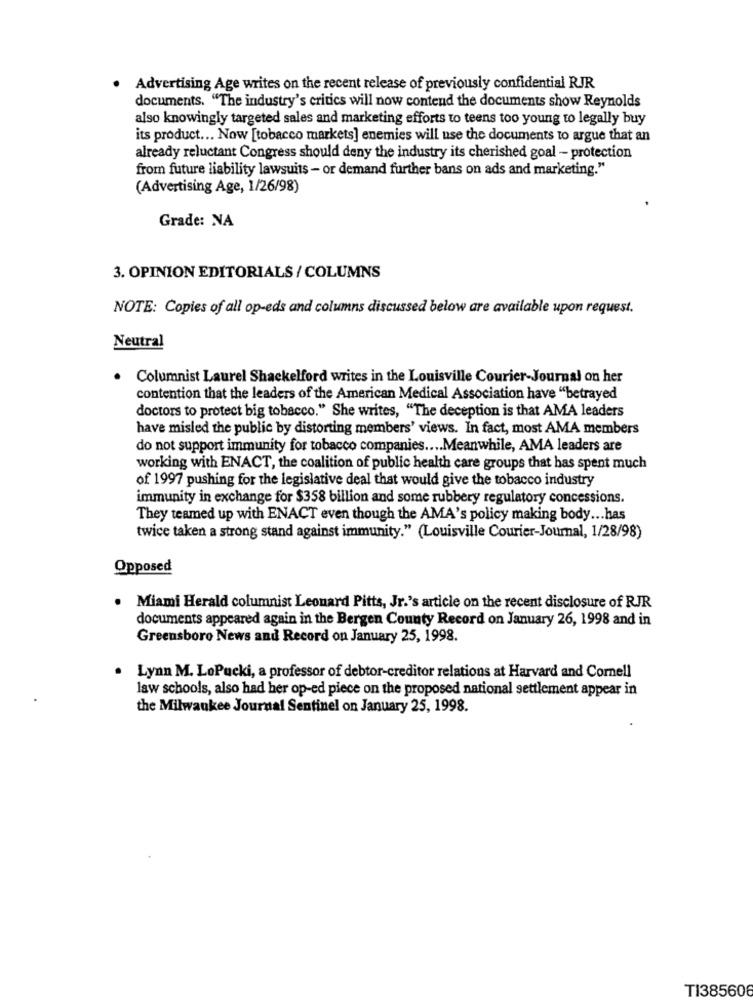
Advertising Age writes on the recent release of previously confidential RJR
documents. "The industry's critics will now contend the documents show Reynolds
also knowingly targeted sales and marketing efforts to teens too young to legally buy
its product ... Now [tobacco markets] enemies will use the documents to argue that an
already reluctant Congress should deny the industry its cherished goal - protection
from future liability lawsuits - or demand further bans on ads and marketing."
(Advertising Age, 1/26/98)
Grade: NA
3. OPINION EDITORIALS / COLUMNS
NOTE: Copies of all op-eds and columns discussed below are available upon request.
Neutral
Columnist Laurel Shackelford writes in the Louisville Courier-Journal on her
contention that the leaders of the American Medical Association have "betrayed
doctors to protect big tobacco." She writes, "The deception is that AMA leaders
have misled the public by distorting members' views. In fact, most AMA members
do not support immunity for tobacco companies .... Meanwhile, AMA leaders are
working with ENACT, the coalition of public health care groups that has spent much
of 1997 pushing for the legislative deal that would give the tobacco industry
immunity in exchange for $358 billion and some rubbery regulatory concessions.
They teamed up with ENACT even though the AMA's policy making body ... has
twice taken a strong stand against immunity." (Louisville Courier-Journal, 1/28/98)
Opposed
. Miami Herald columnist Leonard Pitts, Jr.'s article on the recent disclosure of RJR
documents appeared again in the Bergen County Record on January 26, 1998 and in
Greensboro News and Record on January 25, 1998.
Lynn M. LoPucki, a professor of debtor-creditor relations at Harvard and Cornell
law schools, also had her op-ed piece on the proposed national settlement appear in
the Milwaukee Journal Sentinel on January 25, 1998.
TI385606